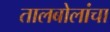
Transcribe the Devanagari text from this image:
तालबोलांचा